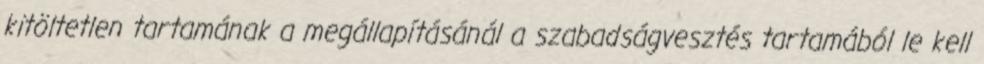
kitöltetlen tartamának a megállapításánál a szabadságvesztés tartamából le kell